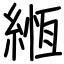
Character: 緪